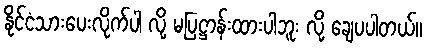
နိုင်ငံသားပေးလိုက်ပါ လို့ မပြဋ္ဌာန်းထားပါဘူး လို့ ချေပပါတယ်။